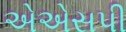
એએસપી